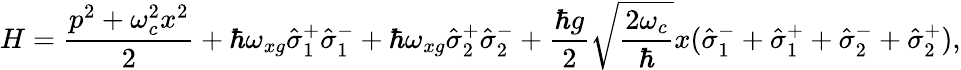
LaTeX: H=\frac{p^{2}+\omega_{c}^{2}x^{2}}{2}+\hbar\omega_{xg}\hat{\sigma}_{1}^{+}\hat{\sigma}_{1}^{-}+\hbar\omega_{xg}\hat{\sigma}_{2}^{+}\hat{\sigma}_{2}^{-}+\frac{\hbar g}{2}\sqrt{\frac{2\omega_{c}}{\hbar}}x(\hat{\sigma}_{1}^{-}+\hat{\sigma}_{1}^{+}+\hat{\sigma}_{2}^{-}+\hat{\sigma}_{2}^{+}),